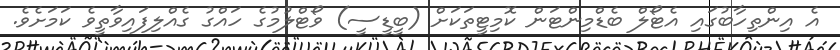
އެ އިންތިހާބުގައި އެޓޯލް ބެޑްމިންޓަން ކޮމިޓީތަކަށް (ބީޑީސީ) ވޯޓްލުމުގެ ހައްގު ގެއްލިފައިވާތީވެ ކަމަށެވެ.